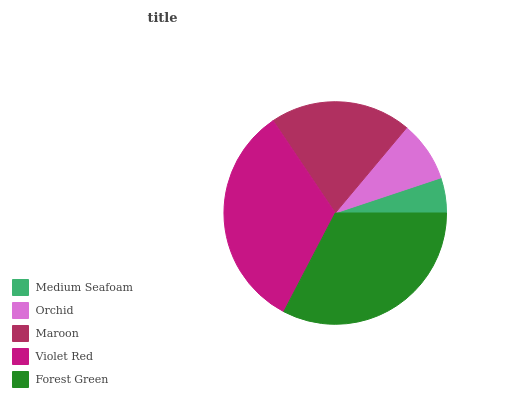
| Medium Seafoam | Orchid | Maroon | Violet Red | Forest Green |
 | --- | --- | --- | --- | --- |
 | 5.11% | 8.8% | 20.5% | 32.9% | 32.6% |